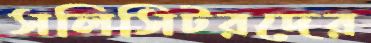
সলিসিটরদের